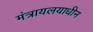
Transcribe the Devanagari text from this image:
मंत्रायलयाधीन